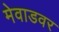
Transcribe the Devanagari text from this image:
मेवाडवर